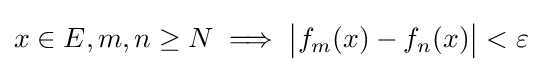
x\in E,m,n\geq N\implies {\bigl |}f_{m}(x)-f_{n}(x){\bigr |}<\varepsilon